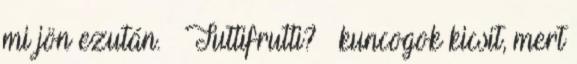
mi jön ezután. – Tuttifrutti? – kuncogok kicsit, mert